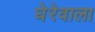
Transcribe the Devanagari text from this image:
घेरेवाला